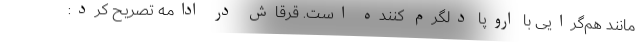
مانند هم‌گرایی با اروپا دلگرم کننده است. قرقاش در ادامه تصریح کرد: